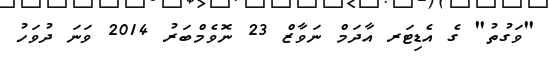
"ވަގުތު" ގެ އެޑިޓަރ އާދަމް ނަވާޒް 23 ނޮވެމްބަރު 2014 ވަނަ ދުވަހު